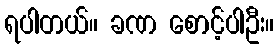
ရပါတယ်။ ခဏ စောင့်ပါဦး။